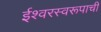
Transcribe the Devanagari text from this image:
ईश्वरस्वरूपाची